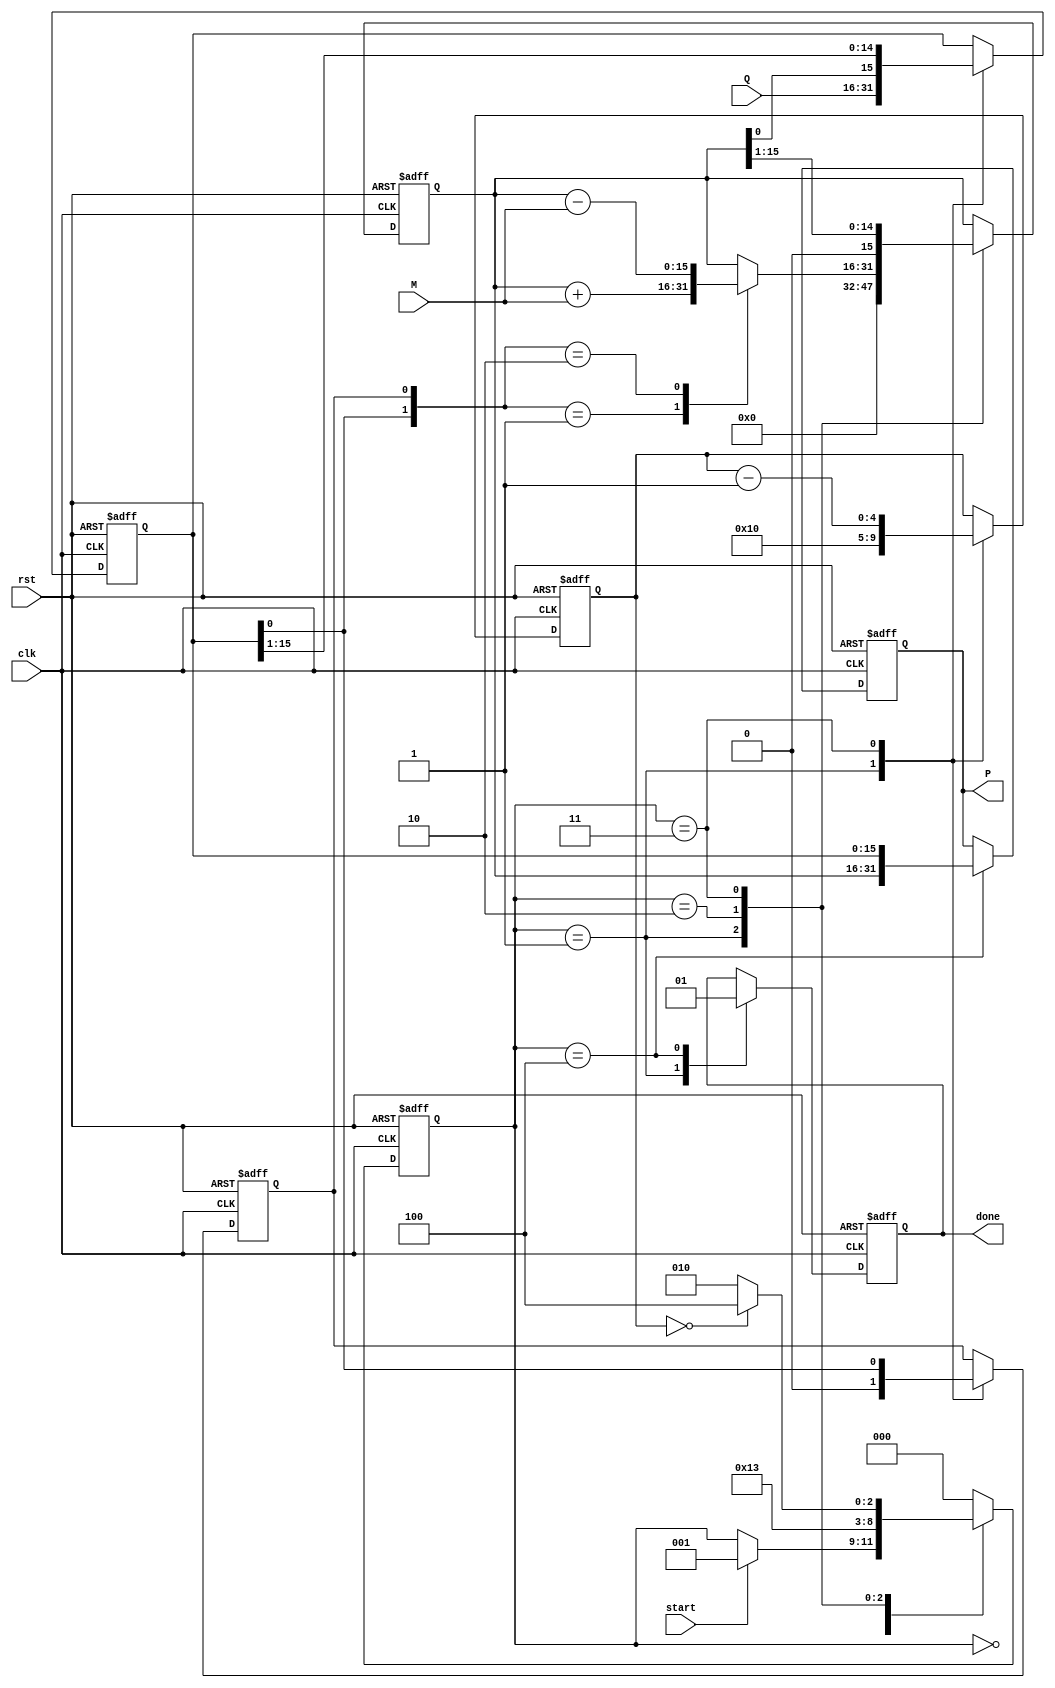
module modified_booth_multiplier(
    input wire clk,
    input wire rst,
    input wire start,
    input wire signed [15:0] M,  // Multiplicand
    input wire signed [15:0] Q,   // Multiplier
    output reg signed [31:0] P,    // Product
    output reg done
);

    // Internal Registers
    reg signed [15:0] A, Q_reg;  
    reg Q_1;                    
    reg [4:0] count;            
    reg [2:0] state;            

    // State Encoding
    localparam IDLE = 3'b000,
               INIT = 3'b001,
               PROCESS = 3'b010,
               SHIFT = 3'b011,
               DONE = 3'b100;

    // Control Logic
    always @(posedge clk or posedge rst) begin
        if (rst) begin
            state <= IDLE;
            P <= 32'd0;
            A <= 16'd0;
            Q_reg <= 16'd0;
            Q_1 <= 1'b0;
            count <= 5'd0;
            done <= 1'b0;
        end else begin
            case (state)
                IDLE: begin
                    if (start) begin
                        state <= INIT;
                    end
                end

                INIT: begin
                    A <= 16'd0;         // Initialize Accumulator
                    Q_reg <= Q;        // Load the multiplier
                    Q_1 <= 1'b0;       // Initialize Q-1 to 0
                    count <= 5'd16;    // Set iteration count
                    done <= 1'b0;
                    state <= PROCESS;
                end

                PROCESS: begin
                    case({Q_reg[0], Q_1}) // Consider Q (LSB) and Q-1
                        2'b00: begin
                            // Do nothing
                        end
                        2'b01: begin
                            A <= A + M; // Add multiplicand
                        end
                        2'b10: begin
                            A <= A - M; // Subtract multiplicand
                        end
                        2'b11: begin
                            // Do nothing
                        end
                    endcase
                    
                    state <= SHIFT;
                end

                SHIFT: begin
                    // Arithmetic right shift A and Q
                    {A, Q_reg} <= {A, Q_reg} >> 1;
                    Q_1 <= Q_reg[0]; // Update Q-1 from the LSB of Q

                    // Check iteration count
                    count <= count - 1;
                    if (count == 0) begin
                        state <= DONE;
                    end else begin
                        state <= PROCESS;
                    end
                end

                DONE: begin
                    P <= {A, Q_reg}; // Concatenate A and Q for final product
                    done <= 1'b1;    // Set done signal
                    state <= IDLE;   // Go back to IDLE state
                end

                default: state <= IDLE;
            endcase
        end
    end

endmodule